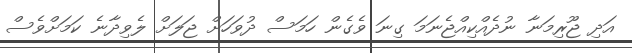
އަދި ޖޫރިމަނާ ނުދެއްކިއްޖެނަމަ ގިނަ ވެގެން ހަމަސް ދުވަހަށް ޖަލަށް ލެވިދާނެ ކަމަށްވެސް